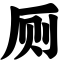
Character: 厕